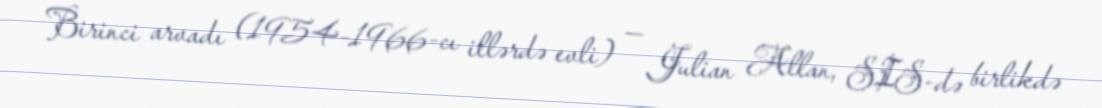
Birinci arvadı (1954–1966-cı illərdə evli) — Julian Allan, SIS-də birlikdə